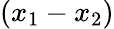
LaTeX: (x_{1}-x_{2})